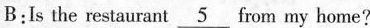
B:Is the restaurant \underline{5} from my home?